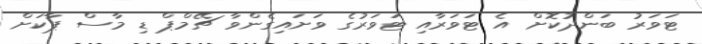
ޓަވަރު ބަންދުކޮށް އެ ޓަވަރާއި ޓަވަރުގެ ވަށައިގެންވާ ޗޭމްޕް ޑި މާސް ޕާކަށް